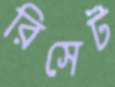
রিসেট